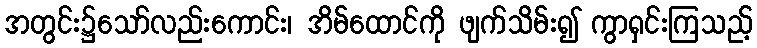
အတွင်း၌သော်လည်းကောင်း၊ အိမ်ထောင်ကို ဖျက်သိမ်း၍ ကွာရှင်းကြသည့်